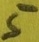
Text: 5